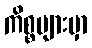
ကိစ္စများမှာ